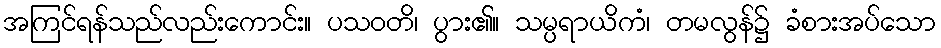
အကြင်ရန်သည်လည်းကောင်း။ ပသဝတိ၊ ပွား၏။ သမ္ပရာယိကံ၊ တမလွန်၌ ခံစားအပ်သော